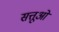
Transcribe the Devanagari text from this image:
सत्तूओं